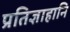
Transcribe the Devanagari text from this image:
प्रतिज्ञाहानि